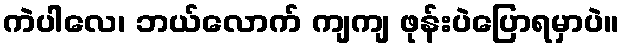
ကဲပါလေ၊ ဘယ်လောက် ကျကျ ဖုန်းပဲပြောရမှာပဲ။